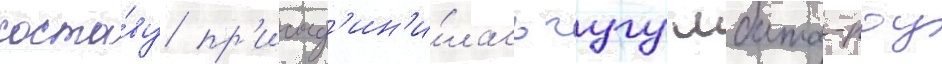
соста́ву пр'исоед'ин'и́лась гугу мбата-роу